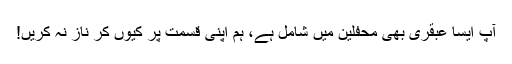
آپ ایسا عبقری بھی محفلین میں شامل ہے، ہم اپنی قسمت پر کیوں کر ناز نہ کریں!